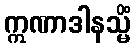
ဣဏာဒါနသ္မိံ